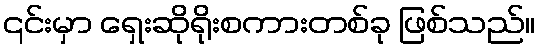
၎င်းမှာ ရှေးဆိုရိုးစကားတစ်ခု ဖြစ်သည်။